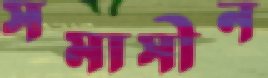
সমাসীন